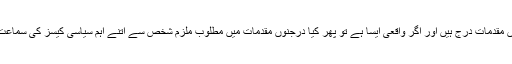
حکومتی ترجمانوں کا دعویٰ ہے کہ ناصر بٹ کے خلاف درجنوں مقدمات درج ہیں اور اگر واقعی ایسا ہے تو پھر کیا درجنوں مقدمات میں مطلوب ملزم شخص سے اتنے اہم سیاسی کیسز کی سماعت کرنے والے جج کا ملنا اور اسے اپنے گھر پر بلانا مناسب ہے؟